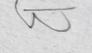
Signature authenticity: forged